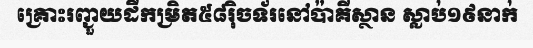
គ្រោះរញ្ជួយដីកម្រិត៥៨រ៉ិចទ័រនៅប៉ាគីស្ថាន ស្លាប់១៩នាក់